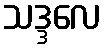
သဒ္ဒလေ